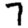
Digit: 7